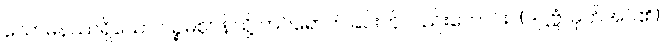
သောမနဿရှိသော ပဉ္စမဈာန်သို့ ကပ်ရောက်ခြင်းကိုလည်းကောင်း။ (ဒဋ္ဌဗ္ဗံ၊ မှတ်အပ်၏)၊